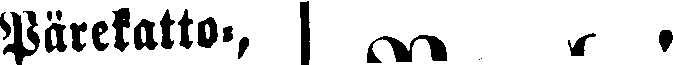
Pärekatto-,